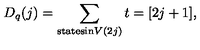
D _ { q } ( j ) = \sum _ { \mathrm { s t a t e s i n } V ( 2 j ) } t = [ 2 j + 1 ] ,